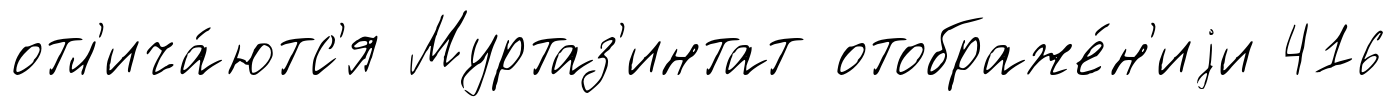
отл'ича́ютс'я Муртаз'интат отображе́н'иjи 416